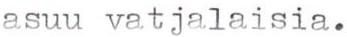
asuu vatjalaisia.